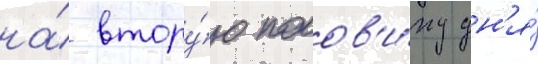
на́ втору́ю полов'и́ну дн'я́